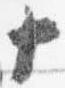
十